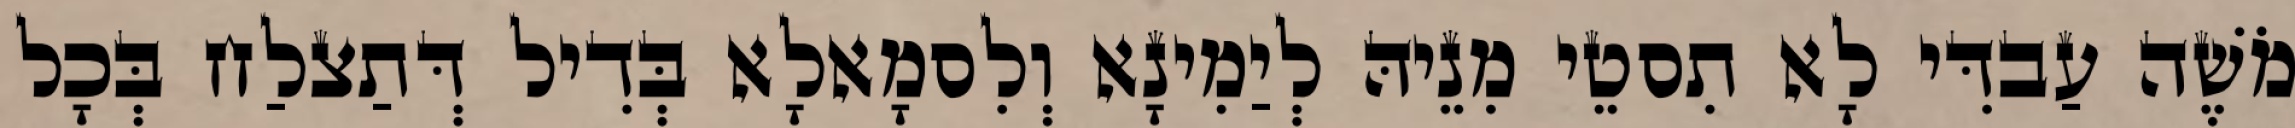
מֹשֶׁה עַבדִּי לָא תִסטֵי מִנֵיהּ לְיַמִינָא וְלִסמָאלָא בְּדִיל דְּתַצלַח בְּכָל